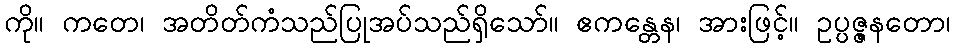
ကို။ ကတေ၊ အတိတ်ကံသည်ပြုအပ်သည်ရှိသော်။ ဧကန္တေန၊ အားဖြင့်။ ဥပ္ပဇ္ဇနတော၊